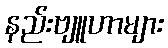
နည်းဗျူဟာများ